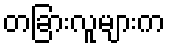
တခြားလူများက